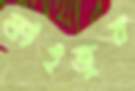
ফাইজুর